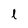
Character: l